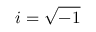
i = \sqrt { - 1 }